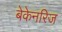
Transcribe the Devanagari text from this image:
बेकेनरिज